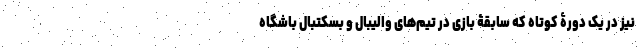
نیز در یک دورۀ کوتاه که سابقۀ بازی در تیم‌های والیبال و بسکتبال باشگاه